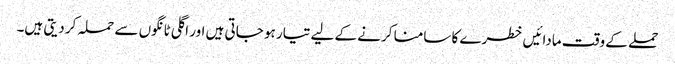
حملے کے وقت مادائیں خطرے کا سامنا کرنے کے لیے تیار ہو جاتی ہیں اور اگلی ٹانگوں سے حملہ کر دیتی ہیں۔